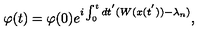
\varphi ( t ) = \varphi ( 0 ) e ^ { i \int _ { 0 } ^ { t } d t ^ { ' } ( W ( x ( t ^ { ' } ) ) - \lambda _ { n } ) } ,